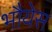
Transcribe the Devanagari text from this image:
भौयेस